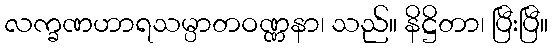
လက္ခဏဟာရသမ္ပာတဝဏ္ဏနာ၊ သည်။ နိဋ္ဌိတာ၊ ပြီးပြီ။